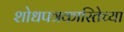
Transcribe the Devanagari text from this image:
शोधपत्रकारितेच्या